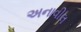
અનાવીલ